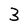
Character: 3